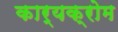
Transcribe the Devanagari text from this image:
कार्यक्रोम